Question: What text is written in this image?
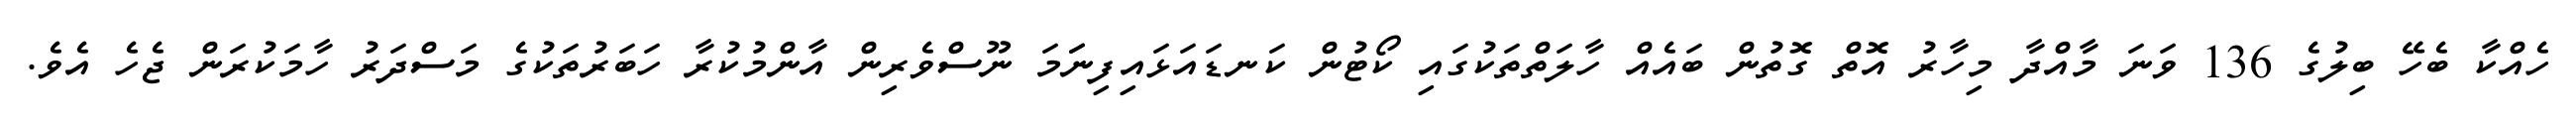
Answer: ހެއްކާ ބެހޭ ބިލުގެ 136 ވަނަ މާއްދާ މިހާރު އޮތް ގޮތުން ބައެއް ހާލަތްތަކުގައި ކޯޓުން ކަނޑައަޅައިފިނަަމަ ނޫސްވެރިން އާންމުކުރާ ހަބަރުތަކުގެ މަސްދަރު ހާމަކުރަން ޖެހެ އެވެ.